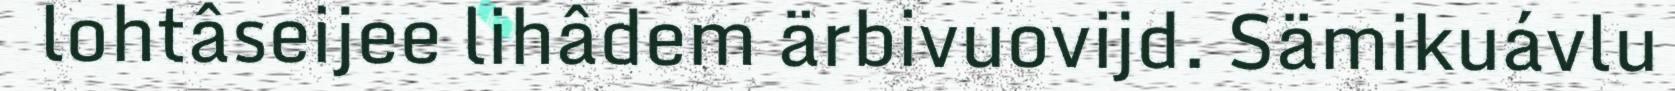
lohtâseijee lihâdem ärbivuovijd. Sämikuávlu